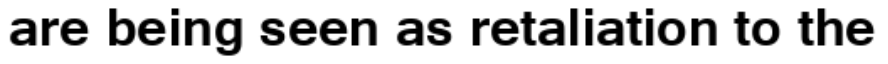
are being seen as retaliation to the